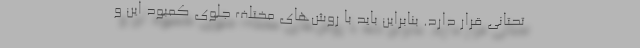
تحتانی قرار دارد. بنابراین باید با روش‌های مختلف جلوی کمبود این و